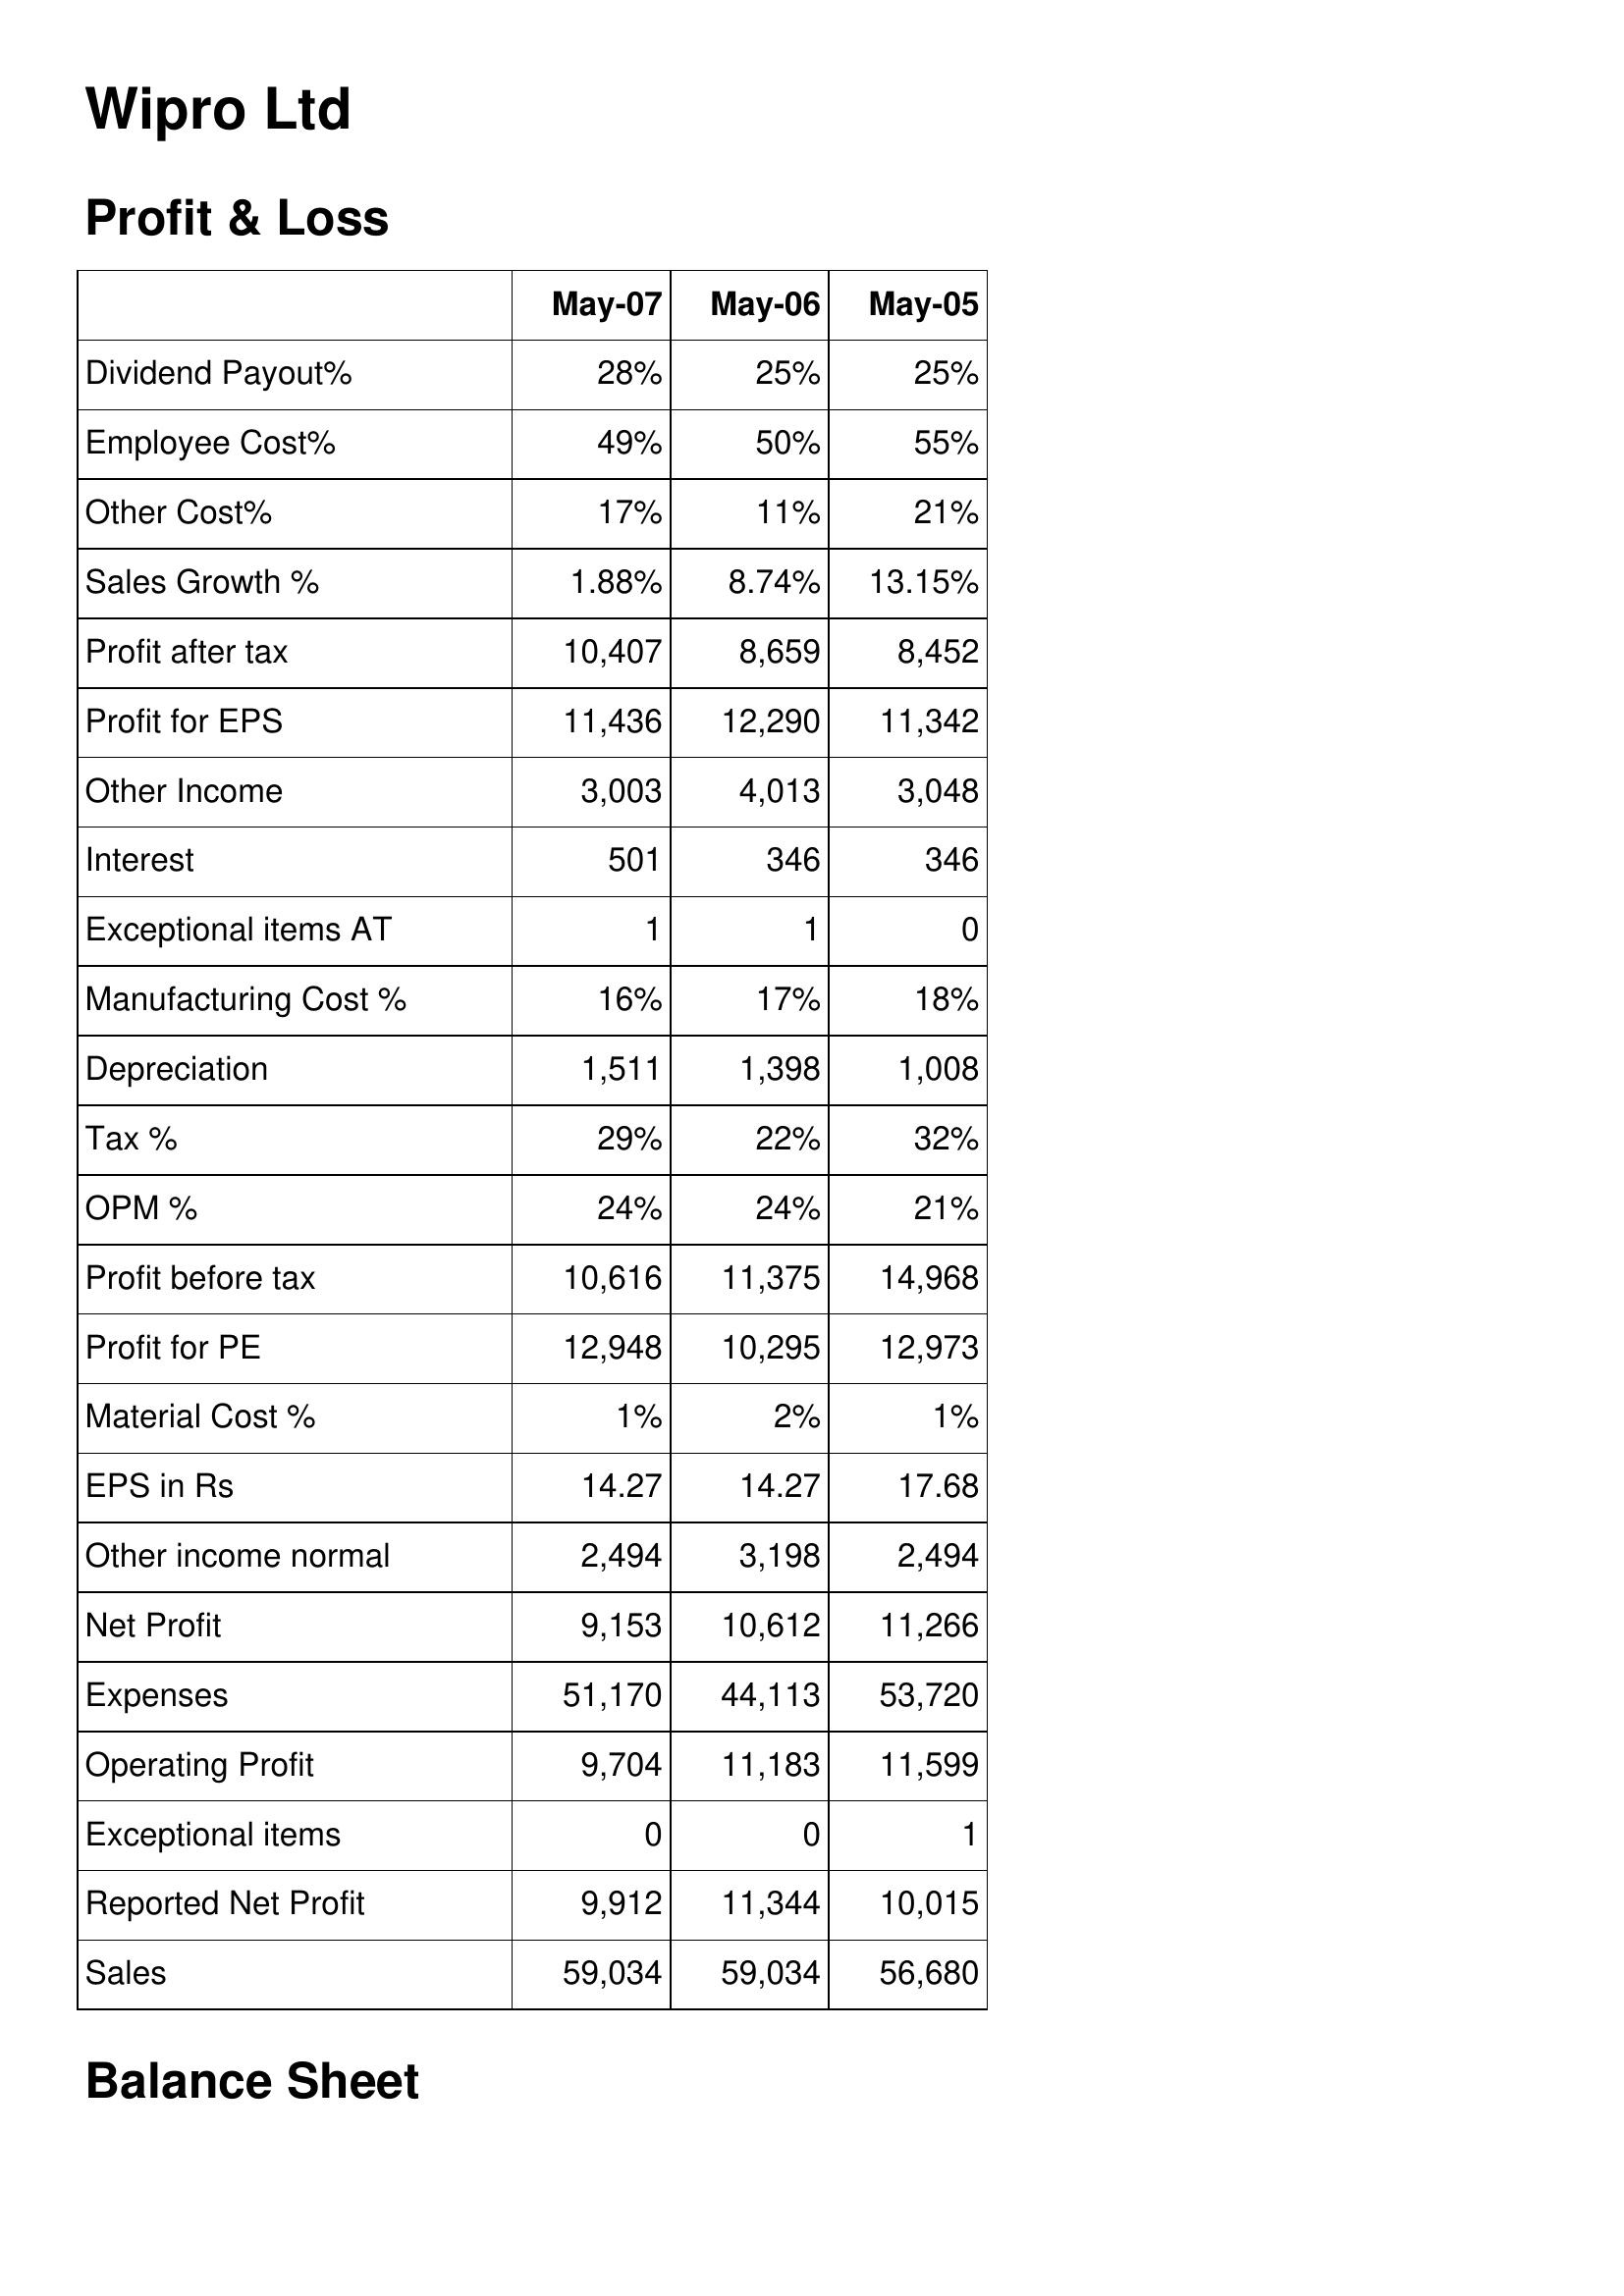
May-07: Profit & Loss: Dividend Payout%: 28%
Employee Cost%: 49%
Other Cost%: 17%
Sales Growth %: 1.88%
Profit after tax: 10,407
Profit for EPS: 11,436
Other Income: 3,003
Interest: 501
Exceptional items AT: 1
Manufacturing Cost %: 16%
Depreciation: 1,511
Tax %: 29%
OPM %: 24%
Profit before tax: 10,616
Profit for PE: 12,948
Material Cost %: 1%
EPS in Rs: 14.27
Other income normal: 2,494
Net Profit: 9,153
Expenses: 51,170
Operating Profit: 9,704
Exceptional items: 0
Reported Net Profit: 9,912
Sales: 59,034
May-06: Profit & Loss: Dividend Payout%: 25%
Employee Cost%: 50%
Other Cost%: 11%
Sales Growth %: 8.74%
Profit after tax: 8,659
Profit for EPS: 12,290
Other Income: 4,013
Interest: 346
Exceptional items AT: 1
Manufacturing Cost %: 17%
Depreciation: 1,398
Tax %: 22%
OPM %: 24%
Profit before tax: 11,375
Profit for PE: 10,295
Material Cost %: 2%
EPS in Rs: 14.27
Other income normal: 3,198
Net Profit: 10,612
Expenses: 44,113
Operating Profit: 11,183
Exceptional items: 0
Reported Net Profit: 11,344
Sales: 59,034
May-05: Profit & Loss: Dividend Payout%: 25%
Employee Cost%: 55%
Other Cost%: 21%
Sales Growth %: 13.15%
Profit after tax: 8,452
Profit for EPS: 11,342
Other Income: 3,048
Interest: 346
Exceptional items AT: 0
Manufacturing Cost %: 18%
Depreciation: 1,008
Tax %: 32%
OPM %: 21%
Profit before tax: 14,968
Profit for PE: 12,973
Material Cost %: 1%
EPS in Rs: 17.68
Other income normal: 2,494
Net Profit: 11,266
Expenses: 53,720
Operating Profit: 11,599
Exceptional items: 1
Reported Net Profit: 10,015
Sales: 56,680